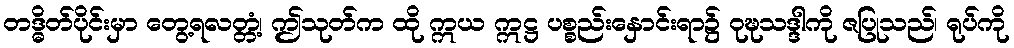
တဒ္ဓိတ်ပိုင်းမှာ တွေ့ရလတ္တံ့၊ ဤသုတ်က ထို ဣယ ဣဋ္ဌ ပစ္စည်းနှောင်းရာ၌ ဝုဍ္ဎသဒ္ဒါကို ဇပြုသည်၊ ရုပ်ကို